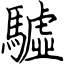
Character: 驉